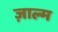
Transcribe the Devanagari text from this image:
ज़ाल्म